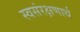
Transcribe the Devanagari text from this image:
स्वसंरक्षणार्थ